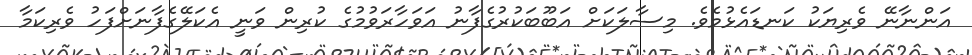
އަންނާނޭ ވެރިޔަކު ކަނޑައެޅުމެވެ. މިސާލަކަށް އަބޫބަކުރުގެފާނު އަވަހާރަވުމުގެ ކުރިން ވަނީ އެކަލޭގެފާނަށްފަހު ވެރިކަމާ